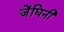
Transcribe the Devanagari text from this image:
जेंघिनी